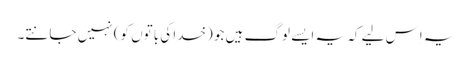
یہ اِس لیے کہ یہ ایسے لوگ ہیں جو (خدا کی باتوں کو) نہیں جانتے۔